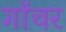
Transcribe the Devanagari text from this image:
गॉचर